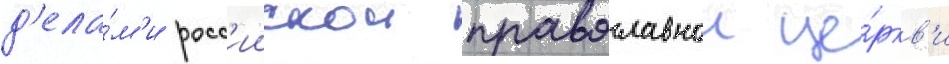
д'ела́м'и росс'иискои православнои це́ркв'и